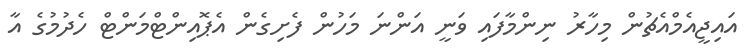
އައިޖީއެމްއެޗުން މިހާރު ނިންމާފައި ވަނީ އަންނަ މަހުން ފެށިގެން އެޕޮއިންޓްމަންޓް ހެދުމުގެ އާ